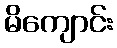
မိကျောင်း